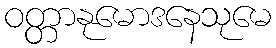
ဝတ္တာနုမောဒနေသုမေ